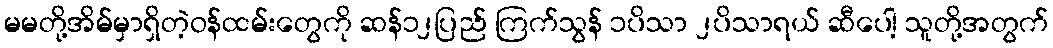
မမတို့အိမ်မှာရှိတဲ့ဝန်ထမ်းတွေကို ဆန်၁၂ပြည် ကြက်သွန် ၁ပိသာ ၂ပိသာရယ် ဆီပေါ့ သူတို့အတွက်